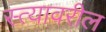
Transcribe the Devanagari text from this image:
स्त्यावरील